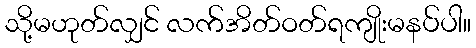
သို့မဟုတ်လျှင် လက်အိတ်ဝတ်ရကျိုးမနပ်ပါ။